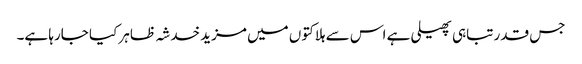
جس قدر تباہی پھیلی ہے اس سے ہلاکتوں میں مزید خدشہ ظاہر کیا جارہا ہے۔